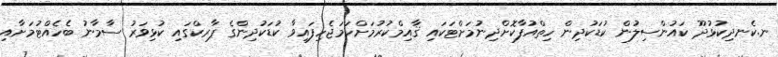
ނ.ކެނދިކުޅުދޫ ކައުންސިލުން ކުޑަކުދިން ހިތްއުފާކޮށްދިނުމަށްޓަކައި ޤާއިމްކުރުމަށްހަމަޖެހިފައިވާ ކުޑަކުދިންގެ ޕާރކްގައި ކުޅިވަރު ސާމާނު ބެހެއްޓުމަށާއި